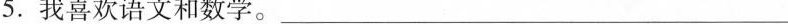
5.我喜欢语文和数学。________________________________